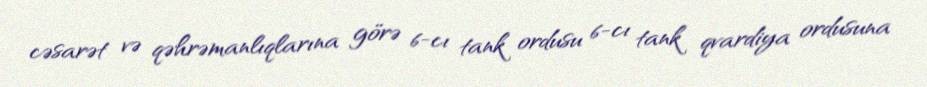
cəsarət və qəhrəmanlıqlarına görə 6-cı tank ordusu 6-cı tank qvardiya ordusuna